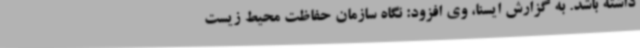
داشته باشد. به گزارش ایسنا، وی افزود: نگاه سازمان حفاظت محیط زیست